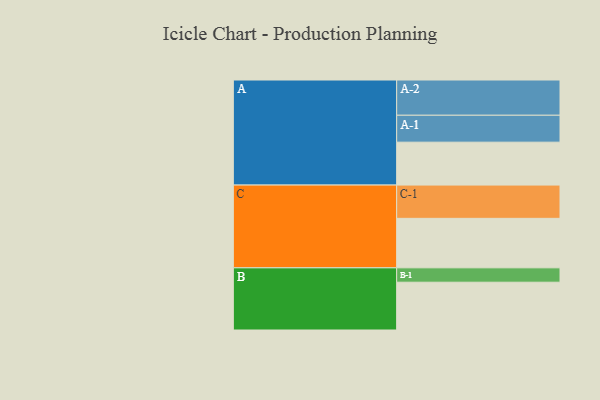
{"axis": {"x": "Segment", "y": "Value"}, "legend": ["", "A", "B", "C"], "data": [{"x": "A", "y": 325, "type": ""}, {"x": "B", "y": 362, "type": ""}, {"x": "C", "y": 375, "type": ""}, {"x": "A-1", "y": 204, "type": "A"}, {"x": "A-2", "y": 267, "type": "A"}, {"x": "B-1", "y": 109, "type": "B"}, {"x": "C-1", "y": 252, "type": "C"}]}